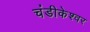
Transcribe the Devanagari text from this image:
चंडीकेश्‍वर